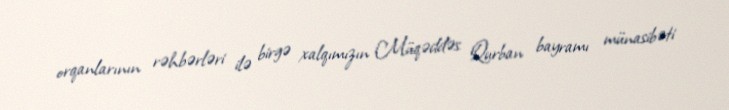
orqanlarının rəhbərləri ilə birgə xalqımızın Müqəddəs Qurban bayramı münasibəti